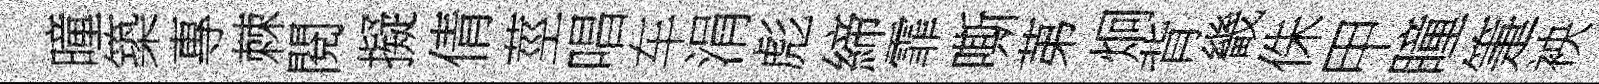
曈築專棘閱擬倩莖唱车涓彪締霏嘶苐炯背畿侏甲瞳箑䘧